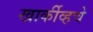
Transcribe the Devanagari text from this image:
खार्कीव्हचे